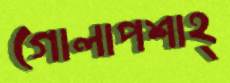
গোলাপশাহ্